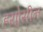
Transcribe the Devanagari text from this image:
हयोसीन